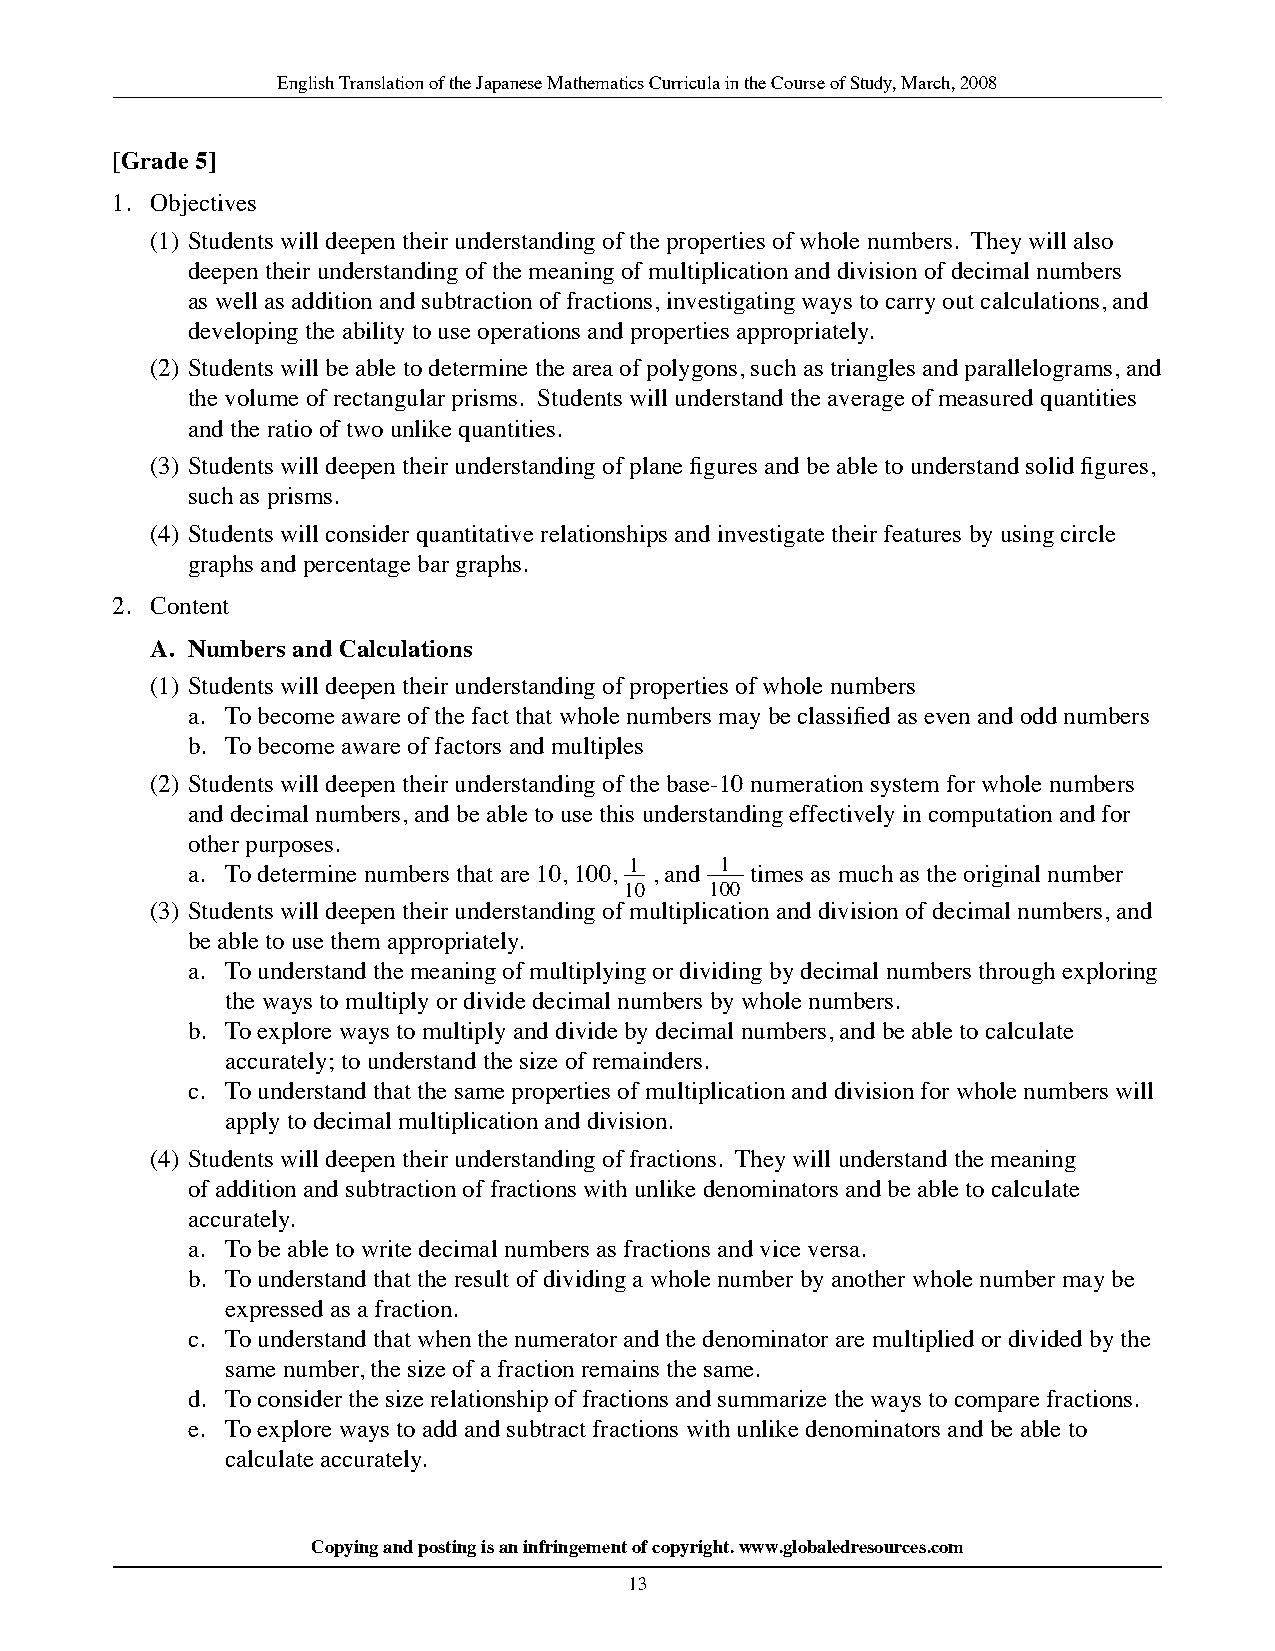
English Translation of the Japanese Mathematics Curricula in the Course of Study, March, 2008
 [Grade 5]
 1. Objectives
 (1) Students will deepen their understanding of the properties of whole numbers. They will also
 deepen their understanding of the meaning of multiplication and division of decimal numbers
 as well as addition and subtraction of fractions, investigating ways to carry out calculations, and
 developing the ability to use operations and properties appropriately.
 (2) Students will be able to determine the area of polygons, such as triangles and parallelograms, and
 the volume of rectangular prisms. Students will understand the average of measured quantities
 and the ratio of two unlike quantities.
 (3) Students will deepen their understanding of plane figures and be able to understand solid figures,
 such as prisms.
 (4) Students will consider quantitative relationships and investigate their features by using circle
 graphs and percentage bar graphs.
 2. Content
 a. numbers and Calculations
 (1) Students will deepen their understanding of properties of whole numbers
 a. To become aware of the fact that whole numbers may be classified as even and odd numbers
 b. To become aware of factors and multiples
 (2) Students will deepen their understanding of the base-10 numeration system for whole numbers
 and decimal numbers, and be able to use this understanding effectively in computation and for
 other purposes.
 1     1
 a. To determine numbers that are 10, 100, , and times as much as the original number
 10    100
 (3) Students will deepen their understanding of multiplication and division of decimal numbers, and
 be able to use them appropriately.
 a. To understand the meaning of multiplying or dividing by decimal numbers through exploring
 the ways to multiply or divide decimal numbers by whole numbers.
 b. To explore ways to multiply and divide by decimal numbers, and be able to calculate
 accurately; to understand the size of remainders.
 c. To understand that the same properties of multiplication and division for whole numbers will
 apply to decimal multiplication and division.
 (4) Students will deepen their understanding of fractions. They will understand the meaning
 of addition and subtraction of fractions with unlike denominators and be able to calculate
 accurately.
 a. To be able to write decimal numbers as fractions and vice versa.
 b. To understand that the result of dividing a whole number by another whole number may be
 expressed as a fraction.
 c. To understand that when the numerator and the denominator are multiplied or divided by the
 same number, the size of a fraction remains the same.
 d. To consider the size relationship of fractions and summarize the ways to compare fractions.
 e. To explore ways to add and subtract fractions with unlike denominators and be able to
 calculate accurately.
 Copying and posting is an infringement of copyright. www.globaledresources.com
 13